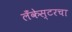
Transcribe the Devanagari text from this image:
लँकेस्टरचा